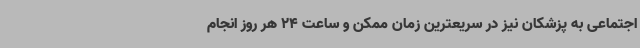
اجتماعی به پزشکان نیز در سریعترین زمان ممکن و ساعت 24 هر روز انجام